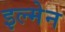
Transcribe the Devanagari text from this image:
इल्मेन